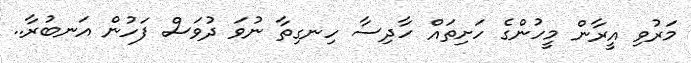
މަރުވި އީރާން މީހުންގެ ހަށިތައް ހާދިސާ ހިނގިތާ ނުވަ ދުވަސް ފަހުން އަނބުރާ..